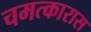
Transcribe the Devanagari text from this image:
चमत्कारास